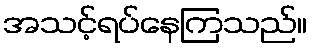
အသင့်ရပ်နေကြသည်။